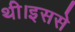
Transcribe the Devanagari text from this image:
थी।इससे